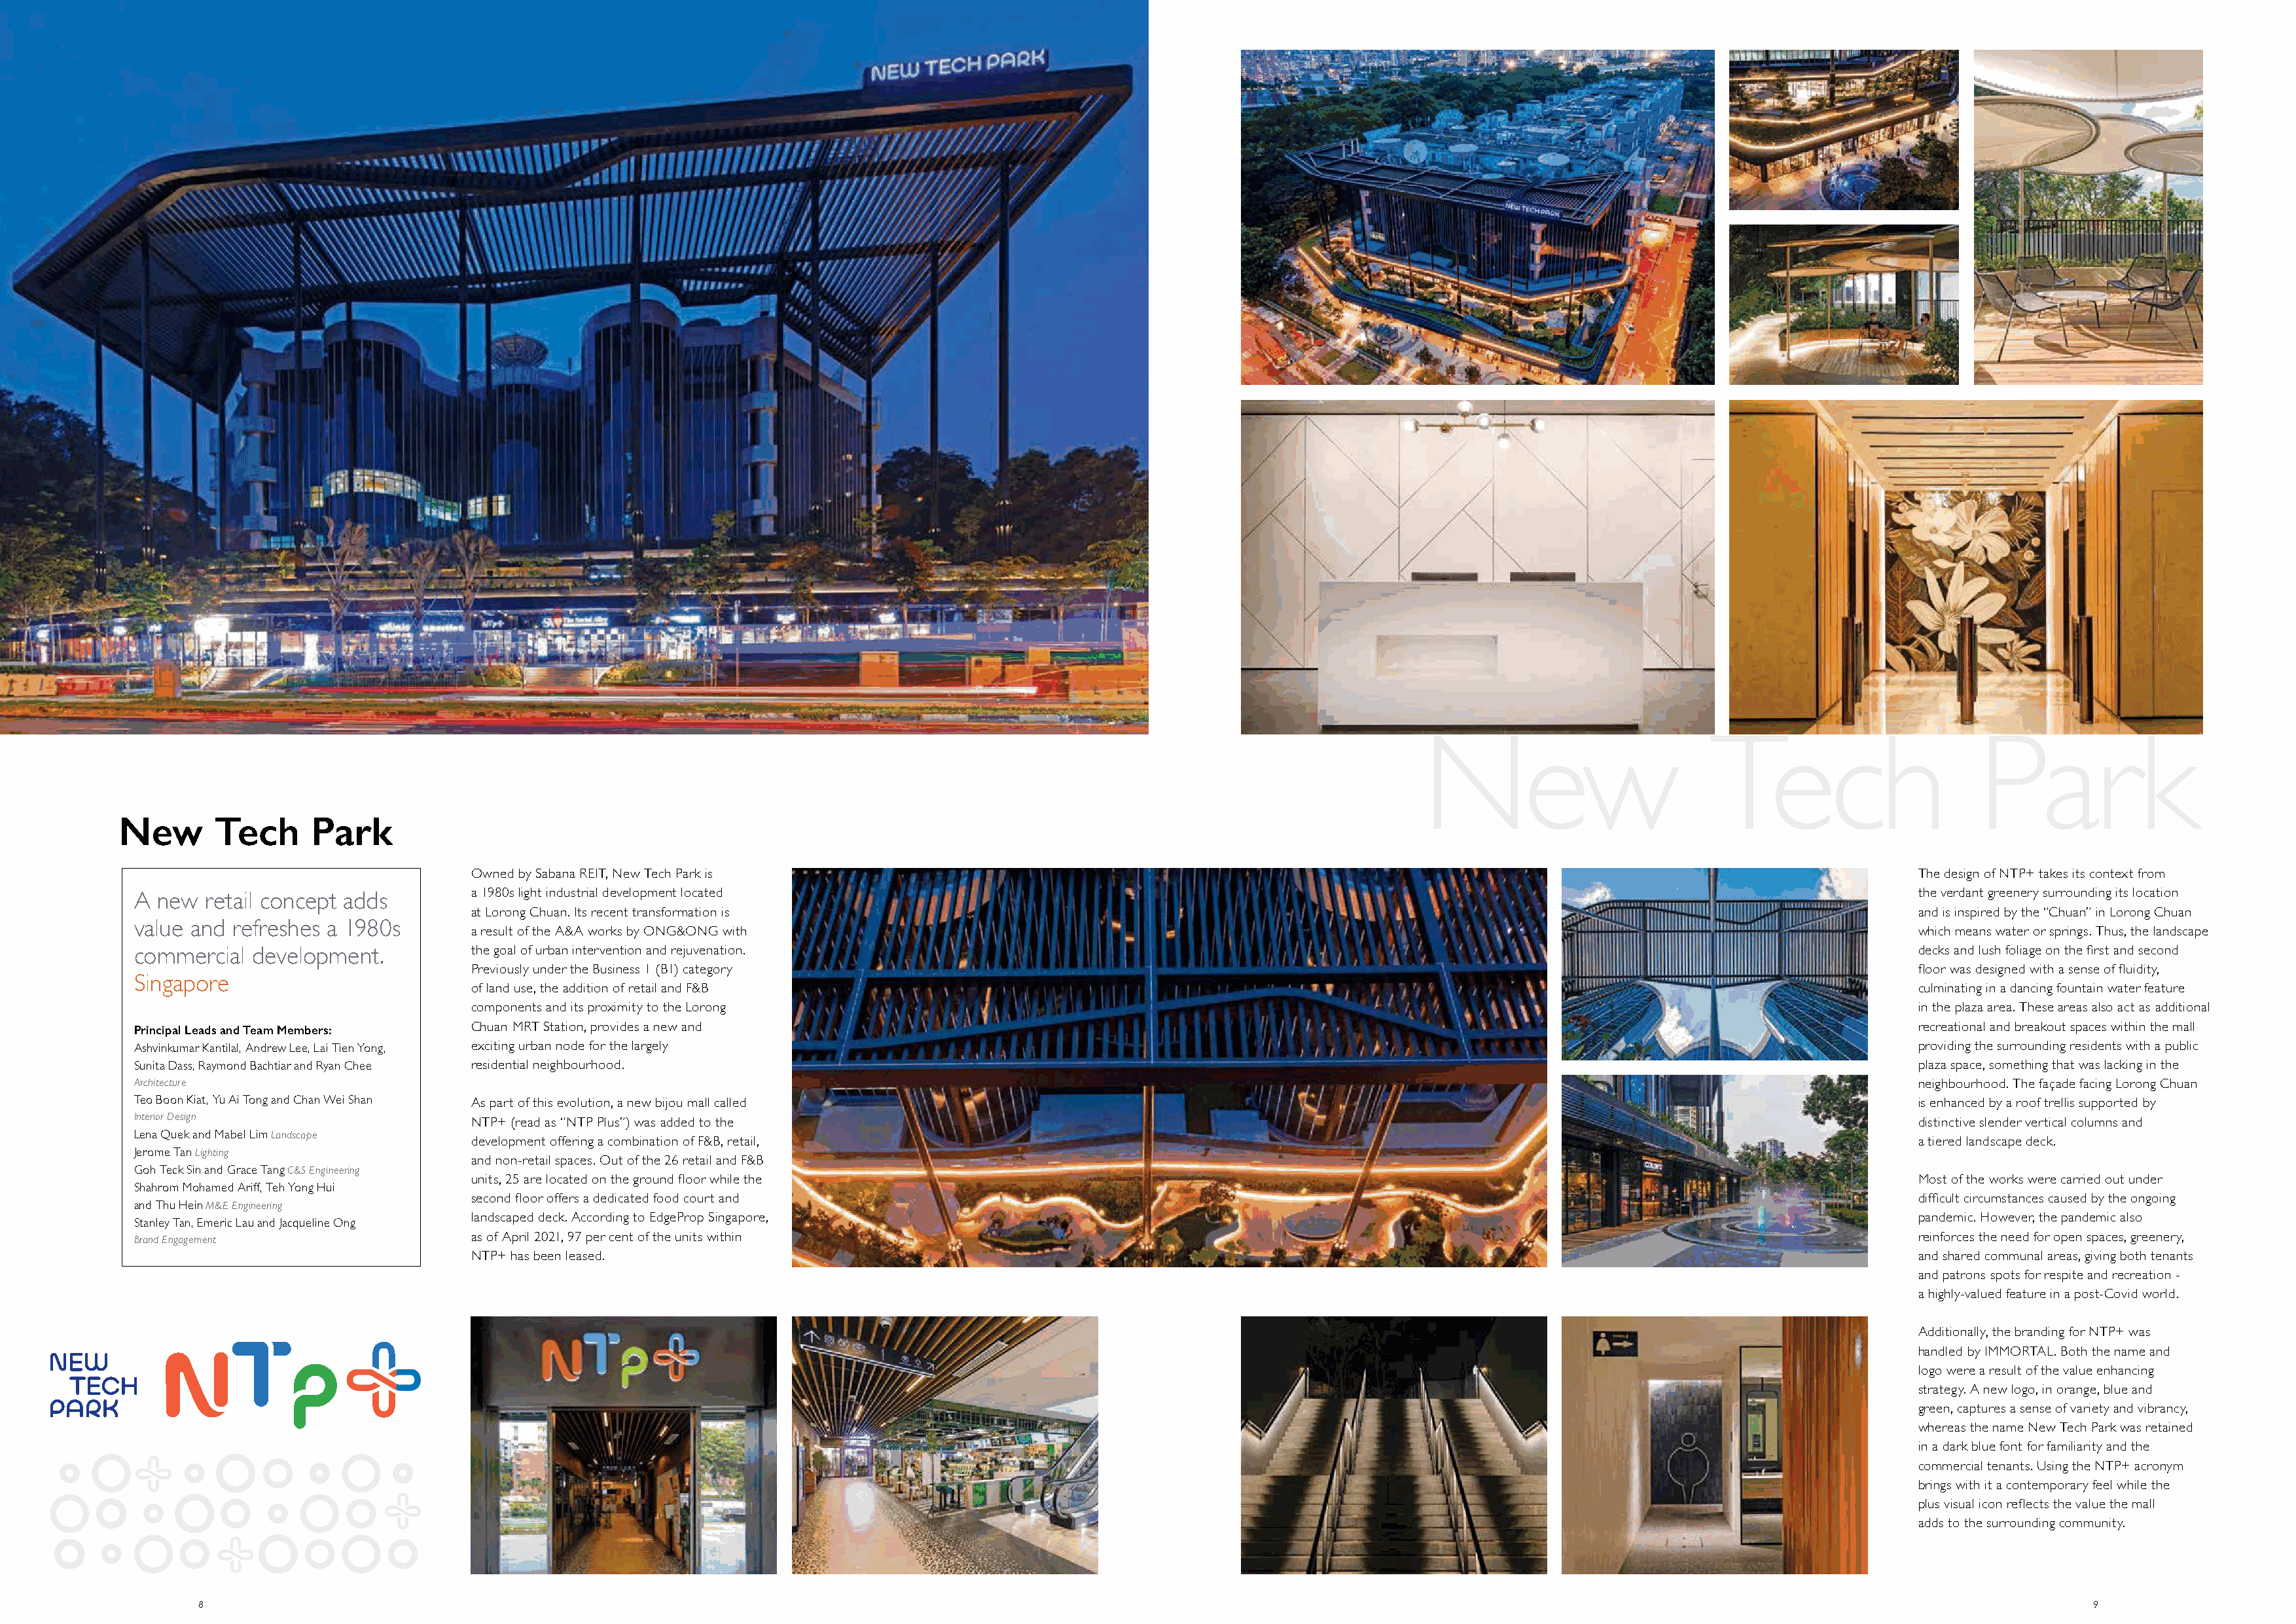
New                          Tech                       Park
 New       Tech     Park
 Owned by Sabana REIT, New Tech Park is                                                                                                            The design of NTP+ takes its context from
 a 1980s light industrial development located                                                                                                      the verdant greenery surrounding its location
 A new  retail concept adds
 at Lorong Chuan. Its recent transformation is                                                                                                     and is inspired by the “Chuan” in Lorong Chuan
 value and refreshes a 1980s
 a result of the A&A works by ONG&ONG with                                                                                                         which means water or springs. Thus, the landscape
 commercial development.           the goal of urban intervention and rejuvenation.                                                                                                  decks and lush foliage on the first and second
 Previously under the Business 1 (B1) category                                                                                                     floor was designed with a sense of fluidity,
 Singapore
 of land use, the addition of retail and F&B                                                                                                       culminating in a dancing fountain water feature
 components and its proximity to the Lorong                                                                                                        in the plaza area. These areas also act as additional
 Principal Leads and Team Members: Chuan MRT Station, provides a new and                                                                                                             recreational and breakout spaces within the mall
 Ashvinkumar Kantilal, Andrew Lee, Lai Tien Yong, exciting urban node for the largely                                                                                                providing the surrounding residents with a public
 Sunita Dass, Raymond Bachtiar and Ryan Chee residential neighbourhood.                                                                                                              plaza space, something that was lacking in the
 Architecture                                                                                                                                                                        neighbourhood. The façade facing Lorong Chuan
 Teo Boon Kiat, Yu Ai Tong and Chan Wei Shan As part of this evolution, a new bijou mall called                                                                                      is enhanced by a roof trellis supported by
 Interior Design
 NTP+ (read as “NTP Plus”) was added to the                                                                                                        distinctive slender vertical columns and
 Lena Quek and Mabel Lim Landscape
 development offering a combination of F&B, retail,                                                                                                a tiered landscape deck.
 Jerome Tan Lighting
 and non-retail spaces. Out of the 26 retail and F&B
 Goh Teck Sin and Grace Tang C&S Engineering
 units, 25 are located on the ground floor while the                                                                                               Most of the works were carried out under
 Shahrom Mohamed Ariff, Teh Yong Hui
 second floor offers a dedicated food court and                                                                                                    difficult circumstances caused by the ongoing
 and Thu Hein M&E Engineering
 landscaped deck. According to EdgeProp Singapore,                                                                                                 pandemic. However, the pandemic also
 Stanley Tan, Emeric Lau and Jacqueline Ong
 Brand Engagement                  as of April 2021, 97 per cent of the units within                                                                                                 reinforces the need for open spaces, greenery,
 NTP+ has been leased.                                                                                                                             and shared communal areas, giving both tenants
 and patrons spots for respite and recreation -
 a highly-valued feature in a post-Covid world.
 Additionally, the branding for NTP+ was
 handled by IMMORTAL. Both the name and
 logo were a result of the value enhancing
 strategy. A new logo, in orange, blue and
 green, captures a sense of variety and vibrancy,
 whereas the name New Tech Park was retained
 in a dark blue font for familiarity and the
 commercial tenants. Using the NTP+ acronym
 brings with it a contemporary feel while the
 plus visual icon reflects the value the mall
 adds to the surrounding community.
 8                                                                                                                                                                                               9
 New                          Tech                       Park